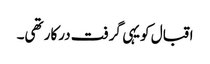
اقبال کویہی گرفت درکار تھی۔